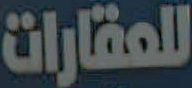
للعقارات